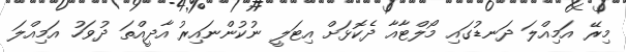
މިރޭ އަމިއްލަ ދަނޑުގައި މޯލްޓާއާ ދެކޮޅަށް އިޓަލީ ނުކުންނައިރު އާދީއްތަ ދުވަހު އަމިއްލަ